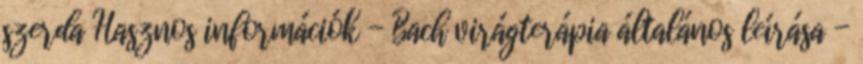
szerda Hasznos információk - Bach virágterápia általános leírása -